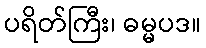
ပရိတ်ကြီး၊ ဓမ္မပဒ။